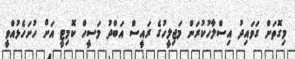
މިގޮތަށް ގަވައިދު އިސްލާހުކުރަން މަޖިލީހުގެ ރައީސް އަބްދު މަސީހް ކޮމިޓީ އަށް ހުށަހެޅުއްވީ